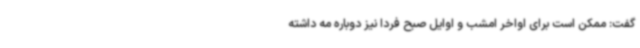
گفت: ممکن است برای اواخر امشب و اوایل صبح فردا نیز دوباره مه داشته